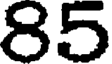
85